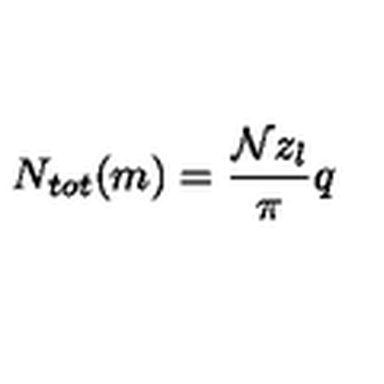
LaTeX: N _ { t o t } ( m ) = \frac { { \mathcal { N } } z _ { l } } { \pi } q